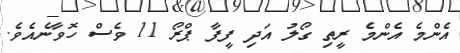
އެންމެ އެންމެ ރީތި ގޯލު އަދި ފީފާ ޕްރޯ 11 ވެސް ހޮވާނެއެވެ.